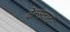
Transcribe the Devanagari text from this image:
वेल्सवाद